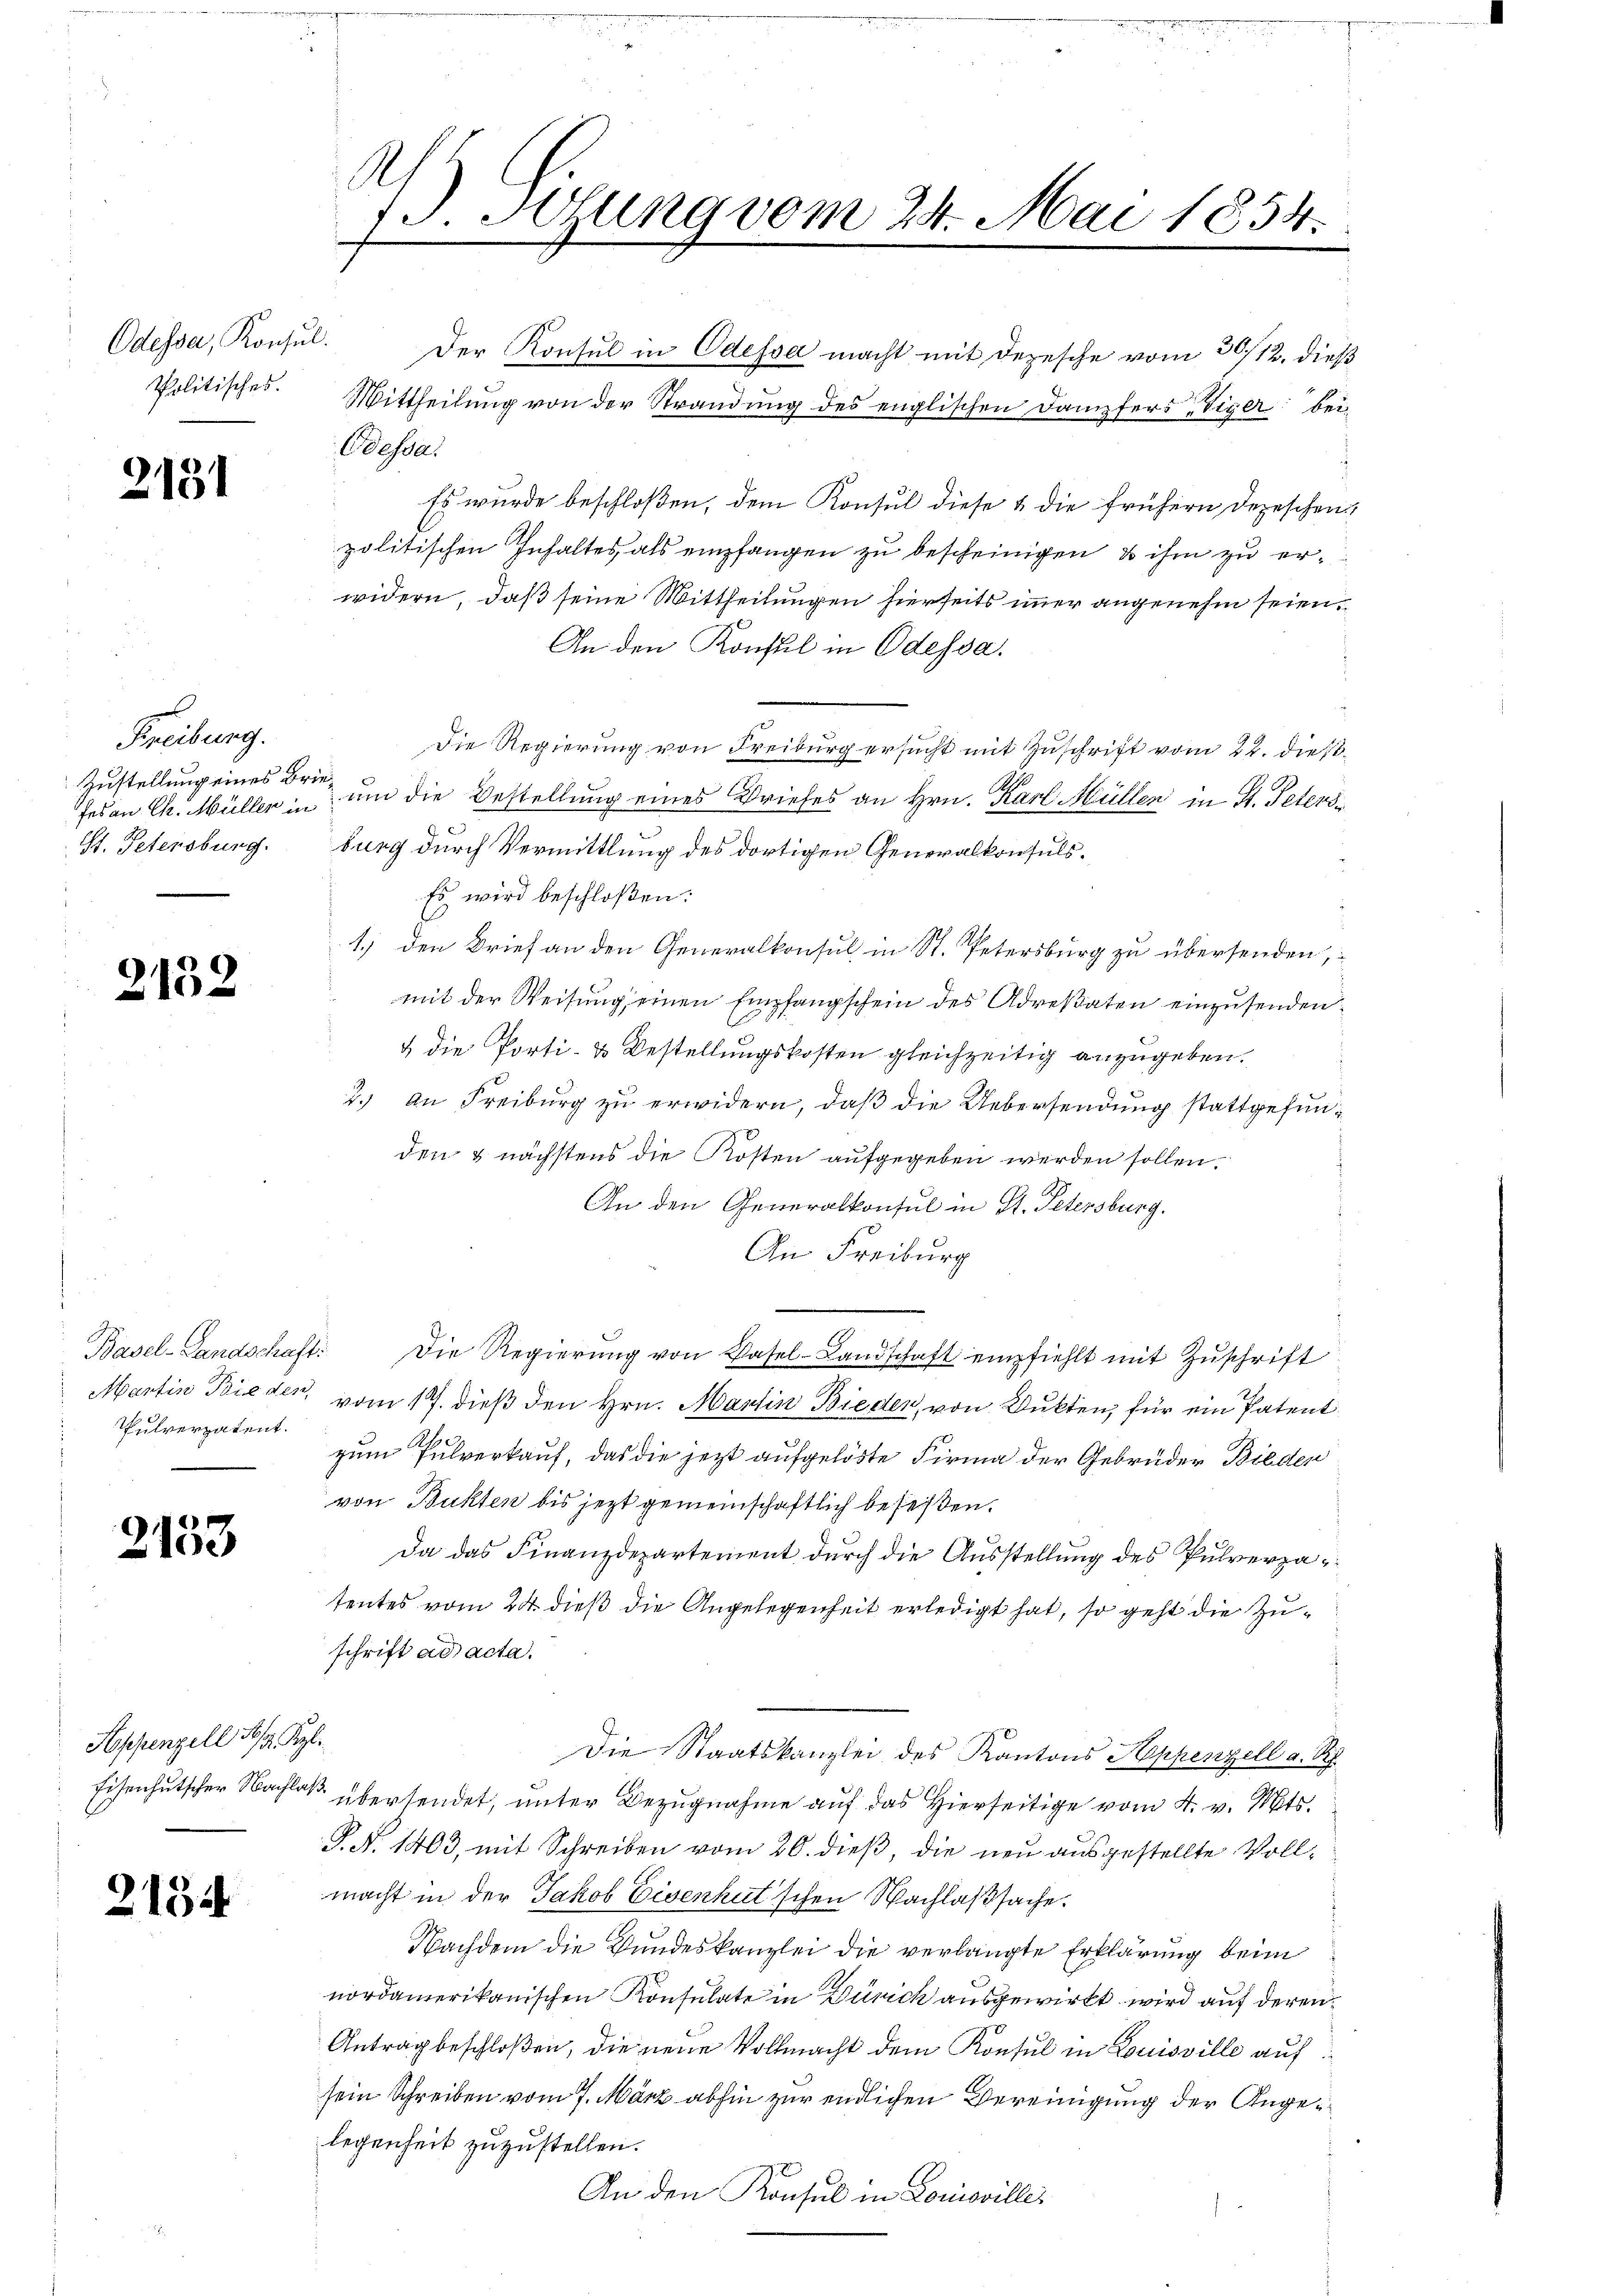
Odessa, Konsul
Politisches.

2131

Freiburg.
Zustellung eines Brie¬
St. Petersburg.

2132

Martin Bieden,
Pulverpatent.

2133

Soppenzell Sr. Kgl.

2134

13. Sitzung vom 24. Mai 1854.

Odessa.
Es wurde beschloßen, dem Konsul diese & die frühern Depeschen
politischen Inhaltes als empfangen zu bescheinigen, & ihm zu erwidern, daß seine Mittheilungen hierseits immer angenehm seien.
An den Konsul in Odessa.
Die Regierung von Freiburg ersucht mit Zuschrift vom 24. dießfes an Chr. Müller in um die Bestellung eines Briefes an Hrn. Karl Müllen in St. Petersburg durch Vermittlung des dortigen Generalkonsuls.
Es wird beschloßen:
1.) den Brief an den Generalkonsul in St. Petersburg zu übersenden,
mit der Weisung einen Empfangschein des Adresaten einzusenden,
& die Porti- & Bestellungskosten gleichzeitig anzugeben.
2.) An Freiburg zu erwidern, daß die Uebersendung stattgefunden & nächstens die Kosten aufgegeben werden sollen.
An den Generalkonsul in St. Petersburg.
An Freiburg
Basel-Landschaft. Die Regierŭng von Basel-Landschaft empfiehlt mit Zuschrift
vom 17. dieß den Hrn. Martin Bieder, von Dukten, für ein Patent
zum Pulverkauf, das die jezt aufgelöste Firma der Gebrüder Bieder
von Bukten bis jezt gemeinschaftlich beseßen.
Da das Finanzdepartement durch die Ausstellung des Pulverzatentes vom 24. dieß die Angelegenheit erledigt hat, so geht die Zuschrift ad acta.
Die Staatskanzlei des Kantons Appenzell a. Rh.
Eisenhutscher Nachlaß übersendet, unter Bezugnahme auf das Hierseitige vom 4. v. Mts.
P. N. 1403, mit Schreiben vom 20. dieß, die neu ausgestellte Vollmacht in der Jakob Eisenhut'schen Nachlaßsache.
Nachdem die Bundeskanzlei die verlangte Erklärung beim
nordamerikanischen Konsulate in Zürich ausgewirkt wird auf deren¬
Antrag beschloßen, die neue Vollmacht dem Konsul in Louisville auf
sein Schreiben vom 7. März abhin zur endlichen Vereinigung der Angelegenheit zuzustellen.
An den Konsul in Louisville,
1

Der Konsul in Odessa macht mit Depesche vom 30/12. dieß
Mittheilung von der Strandung des englischen Dampfers Viger bei